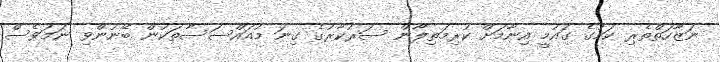
ނަޒާހަތްތެރި ކަމުގެ ގައުމީ އިނާމަށް ކުރިމަތިލާން ސަރުކާރުގެ ގިނަ މުއައްސަސާތަކުން ބޭނުންވި ނަމަވެސް